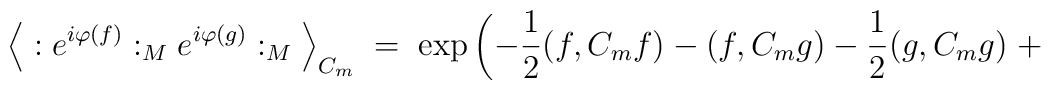
\Big\langle : e^{i\varphi(f)} :_M e^{i\varphi(g)} :_M \Big\rangle_{C_m} \; = \;\exp \left( -\frac{1}{2}(f,C_m f) - (f,C_m g) - \frac{1}{2}(g,C_m g) \; +\right.